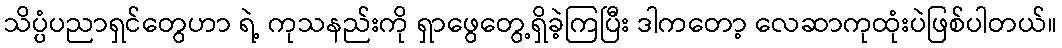
သိပ္ပံပညာရှင်တွေဟာ ရဲ့ ကုသနည်းကို ရှာဖွေတွေ့ရှိခဲ့ကြပြီး ဒါကတော့ လေဆာကုထုံးပဲဖြစ်ပါတယ်။